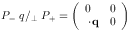
P _ { - } \ q { \slash } _ { \bot } \ P _ { + } = \left( \begin{array} { l l } { { 0 } } & { { 0 } } \\ { { { \bf \sigma } { \cdot } { \bf q } } } & { { 0 } } \end{array} \right)